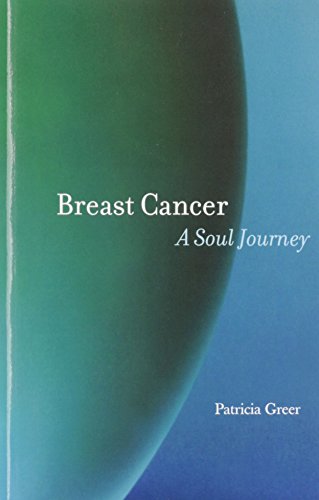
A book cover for Breast Cancer: A Soul Journey; Patricia Greer; Health, Fitness & Dieting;